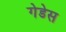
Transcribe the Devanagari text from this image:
गेडेस